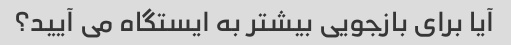
آیا برای بازجویی بیشتر به ایستگاه می آیید؟